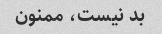
بد نیست، ممنون